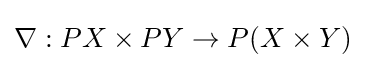
\nabla :PX\times PY\to P(X\times Y)